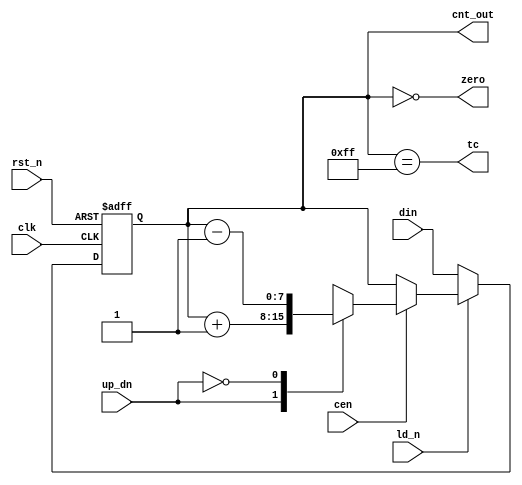
module count #(parameter WIDTH = 8) (
  input clk, rst_n, ld_n, up_dn, cen,
  input [WIDTH-1:0] din,
  output tc, zero,
  output reg [WIDTH-1:0] cnt_out
  );

assign
  tc    = cnt_out == {WIDTH{1'b1}},
  zero  = cnt_out == {WIDTH{1'b0}};

always @(posedge clk or negedge rst_n)
if (!rst_n)
  cnt_out <= {WIDTH{1'b0}};
else
  if (!ld_n)
    cnt_out <= din;
  else if (!cen)
    cnt_out <= cnt_out;
  else
    case (up_dn)
      1'b1: cnt_out <= cnt_out + 1;
      1'b0: cnt_out <= cnt_out - 1;
    endcase

endmodule